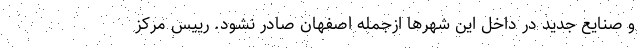
و صنایع جدید در داخل این شهرها ازجمله اصفهان صادر نشود. رییس مرکز